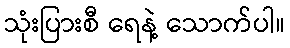
သုံးပြားစီ ရေနဲ့ သောက်ပါ။